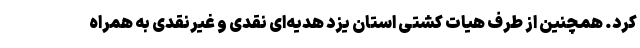
کرد. همچنین از طرف هیات کشتی استان یزد هدیه‌ای نقدی و غیرنقدی به همراه